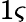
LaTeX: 1\varsigma